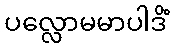
ပလ္လောမမာပါဒိံ